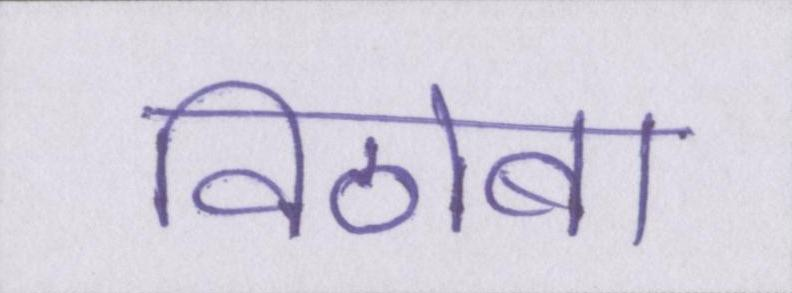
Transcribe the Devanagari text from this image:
विठोबा